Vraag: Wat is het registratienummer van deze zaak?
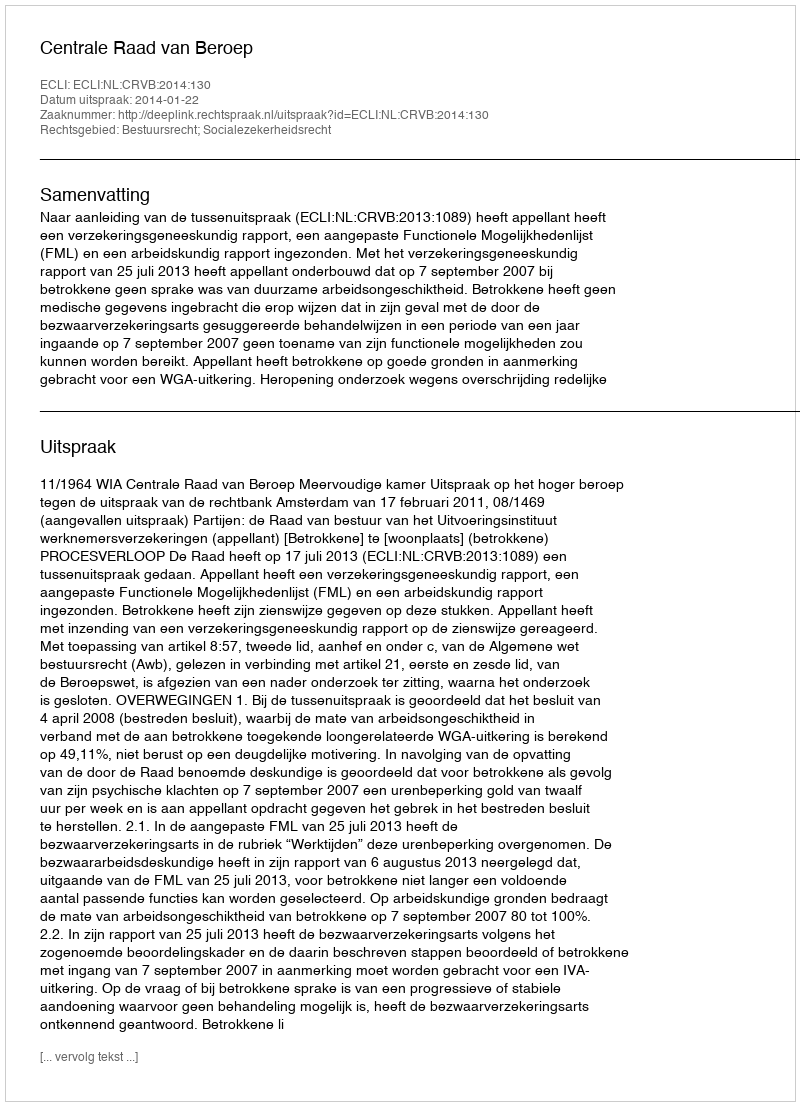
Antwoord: http://deeplink.rechtspraak.nl/uitspraak?id=ECLI:NL:CRVB:2014:130